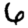
Digit: 6